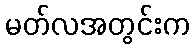
မတ်လအတွင်းက